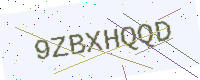
Text: 9ZBXHQQD